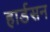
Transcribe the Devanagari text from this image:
हार्डसन